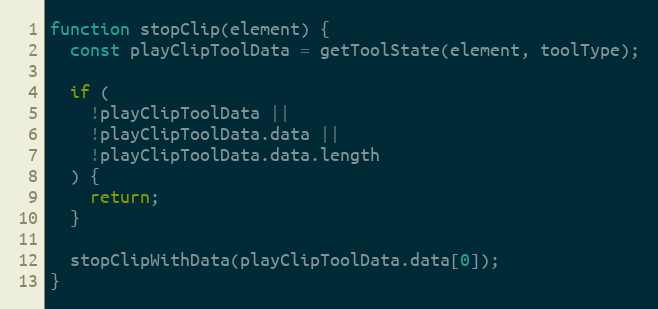
Language: JavaScript
function stopClip(element) {
  const playClipToolData = getToolState(element, toolType);

  if (
    !playClipToolData ||
    !playClipToolData.data ||
    !playClipToolData.data.length
  ) {
    return;
  }

  stopClipWithData(playClipToolData.data[0]);
}